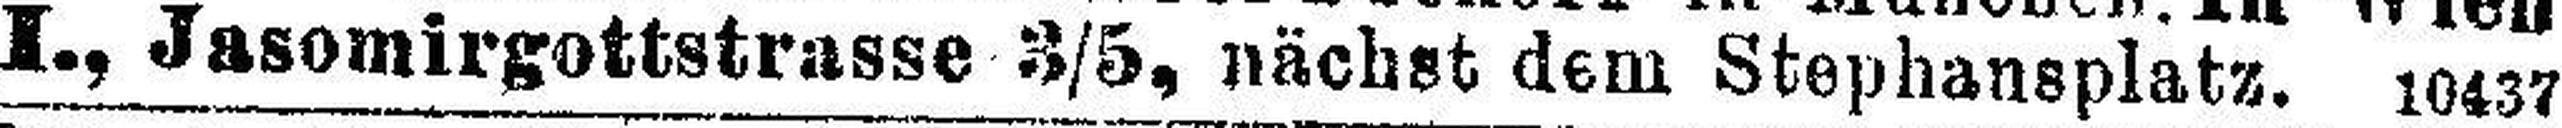
I., Jasomirgottstrasse 3/5, nächst dem Stephansplatz. 10437